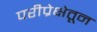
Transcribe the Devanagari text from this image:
परीप्रेक्षेतून